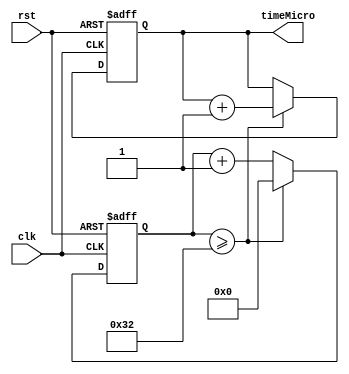
/*
	Creates timeMicro which iterates every micro second.
	By: Ethan Johnston
*/

module microSeconds (
	input clk, rst,
	output reg [31:0] timeMicro // Output time in microSeconds
);

	reg [31:0] counter;    // 32-bit counter

	// Convert the counter to milliseconds
	always @(posedge clk or posedge rst) begin
		if(rst) begin
			counter = 0;
			timeMicro = 0;
		end	 
		else if (counter >= 50) begin // Assuming a 50 MHz clock. FREQUENCY IN MHZ / 1 000 000 = f_per_uS
			timeMicro = timeMicro + 1;
			counter = 0;
		end
		else begin
			counter = counter + 1;
		end
	end

endmodule